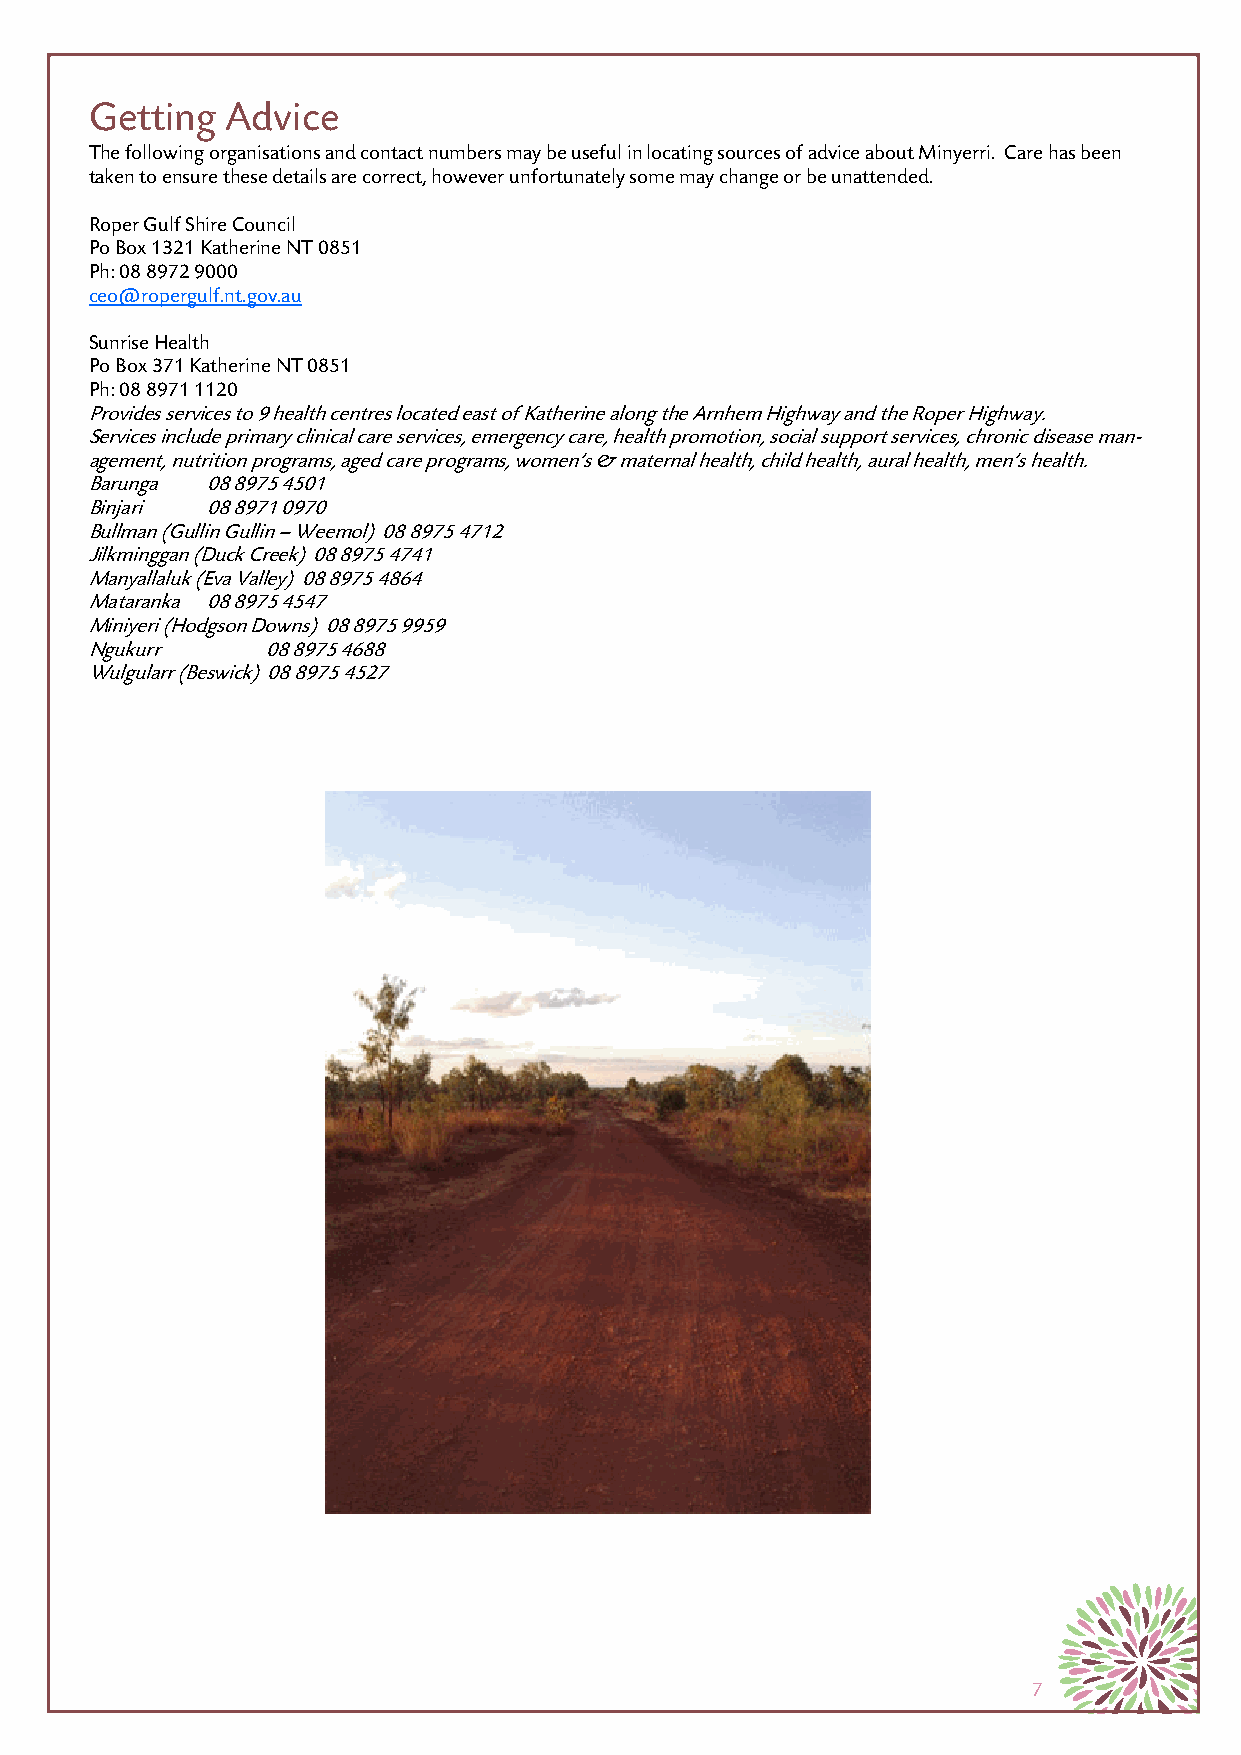
Getting  Advice
 The following organisations and contact numbers may be useful in locating sources of advice about Minyerri. Care has been
 taken to ensure these details are correct, however unfortunately some may change or be unattended.
 Roper Gulf Shire Council
 Po Box 1321 Katherine NT 0851
 Ph: 08 8972 9000
 ceo@ropergulf.nt.gov.au
 Sunrise Health
 Po Box 371 Katherine NT 0851
 Ph: 08 8971 1120
 Provides services to 9 health centres located east of Katherine along the Arnhem Highway and the Roper Highway.
 Services include primary clinical care services, emergency care, health promotion, social support services, chronic disease man-
 agement, nutrition programs, aged care programs, women’s & maternal health, child health, aural health, men’s health.
 Barunga 08 8975 4501
 Binjari 08 8971 0970
 Bullman (Gullin Gullin – Weemol) 08 8975 4712
 Jilkminggan (Duck Creek) 08 8975 4741
 Manyallaluk (Eva Valley) 08 8975 4864
 Mataranka 08 8975 4547
 Miniyeri (Hodgson Downs) 08 8975 9959
 Ngukurr    08 8975 4688
 Wulgularr (Beswick) 08 8975 4527
 7